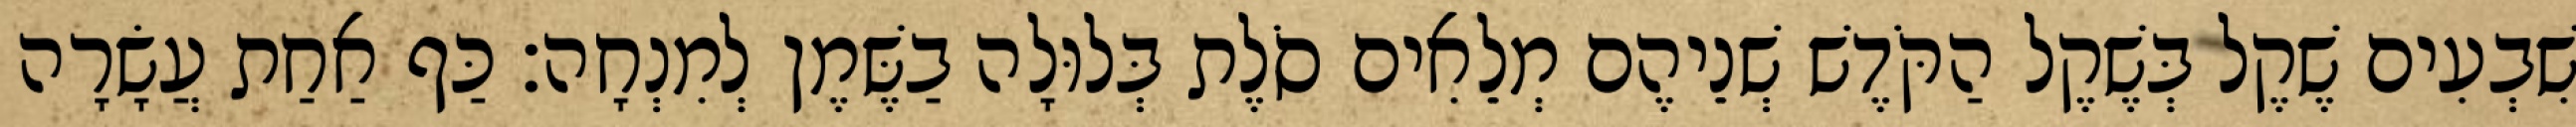
שִׁבְעִים שֶׁקֶל בְּשֶׁקֶל הַקֹּדֶשׁ שְׁנֵיהֶם מְלֵאִים סֹלֶת בְּלוּלָה בַשֶּׁמֶן לְמִנְחָה׃ כַּף אַחַת עֲשָׂרָה